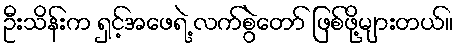
ဦးသိန်းက ရှင့်အဖေရဲ့ လက်စွဲတော် ဖြစ်ဖို့များတယ်။